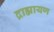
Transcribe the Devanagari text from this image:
द्राह्मायण